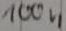
Text: 100n